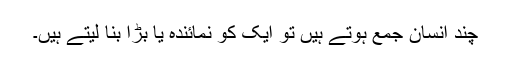
چند انسان جمع ہوتے ہیں تو ایک کو نمائندہ یا بڑا بنا لیتے ہیں۔